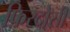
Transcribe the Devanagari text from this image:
फ़िरदोसी